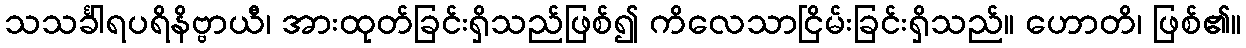
သသင်္ခါရပရိနိဗ္ဗာယီ၊ အားထုတ်ခြင်းရှိသည်ဖြစ်၍ ကိလေသာငြိမ်းခြင်းရှိသည်။ ဟောတိ၊ ဖြစ်၏။